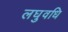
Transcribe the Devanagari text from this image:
लघुवधि